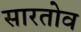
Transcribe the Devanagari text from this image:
सारतोव